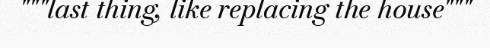
"""last thing, like replacing the house"""